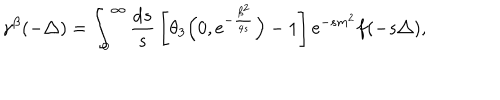
LaTeX: \gamma ^ { \beta } ( { - \triangle } ) = \int _ { 0 } ^ { \infty } { \frac { { \mathrm { d } } s } { s } } \left[ \theta _ { 3 } \Big ( 0 , { \mathrm { e } } ^ { - \frac { \beta ^ { 2 } } { 4 s } } \Big ) - 1 \right] { \mathrm e } ^ { - s m ^ { 2 } } f ( - s \triangle ) ,